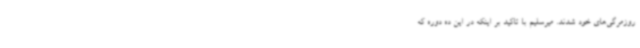
روزمرگی‌های خود شدند. میرسلیم با تاکید بر اینکه در این ده دوره که